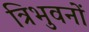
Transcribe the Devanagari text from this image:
त्रिभुवनों